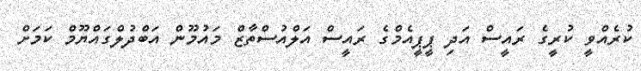
ކުރެއްވީ ކުރީގެ ރައީސް އަދި ޕީޕީއެމްގެ ރައީސް އަލްއުސްތާޒް މައުމޫން އަބްދުލްގައްޔޫމް ކަމަށް